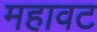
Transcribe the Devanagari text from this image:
महावट